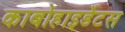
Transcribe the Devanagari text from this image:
काबोहाइर्डेटस